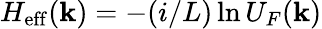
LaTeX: H_{\mathrm{eff}}(\textbf{k})=-(i/L)\ln{U_{F}(\textbf{k})}